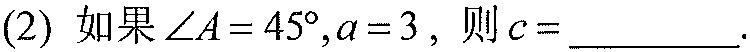
(2) 如果\(\angle A = 45^{\circ},a = 3\)，则\(c =\)  ．